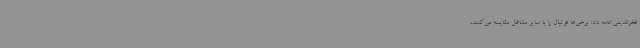
فخرالدینی ادامه داد: برخی‌ها فوتبال را با سایر مشاغل مقایسه می‌کنند،